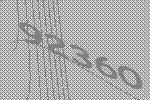
92360